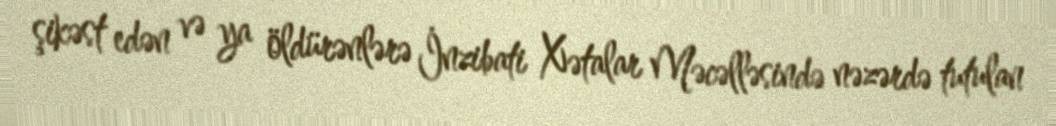
şikəst edən və ya öldürənlərə İnzibati Xətalar Məcəlləsində nəzərdə tutulan